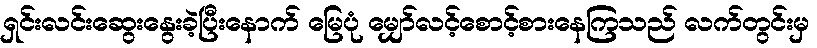
ရှင်းလင်းဆွေးနွေးခဲ့ပြီးနောက် မြေပုံ မျှော်လင့်စောင့်စားနေကြသည် လက်တွင်းမှ